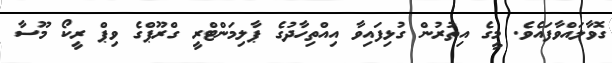
ގޮވާލައްވާފައެވެ. މީގެ އިތުރުން ގުޅިފައިވާ އިއްތިހާދުގެ ޕާލިމަންޓްރީ ގްރޫޕްގެ ވިޕް ރީކޯ މޫސާ